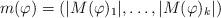
LaTeX: \begin{align*}m(\varphi) = (|M(\varphi)_1|,\dots, |M(\varphi )_k|)\end{align*}